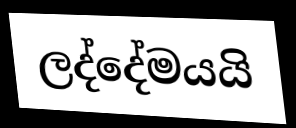
ලද්දේමයයි